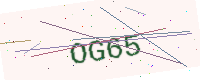
Text: OG65